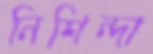
নিশিন্দা